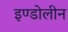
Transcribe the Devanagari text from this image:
इण्डोलीन